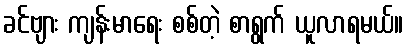
ခင်ဗျား ကျန်းမာရေး စစ်တဲ့ စာရွက် ယူလာရမယ်။